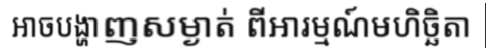
អាចបង្ហាញសម្ងាត់ ពីអារម្មណ៍មហិច្ឆិតា